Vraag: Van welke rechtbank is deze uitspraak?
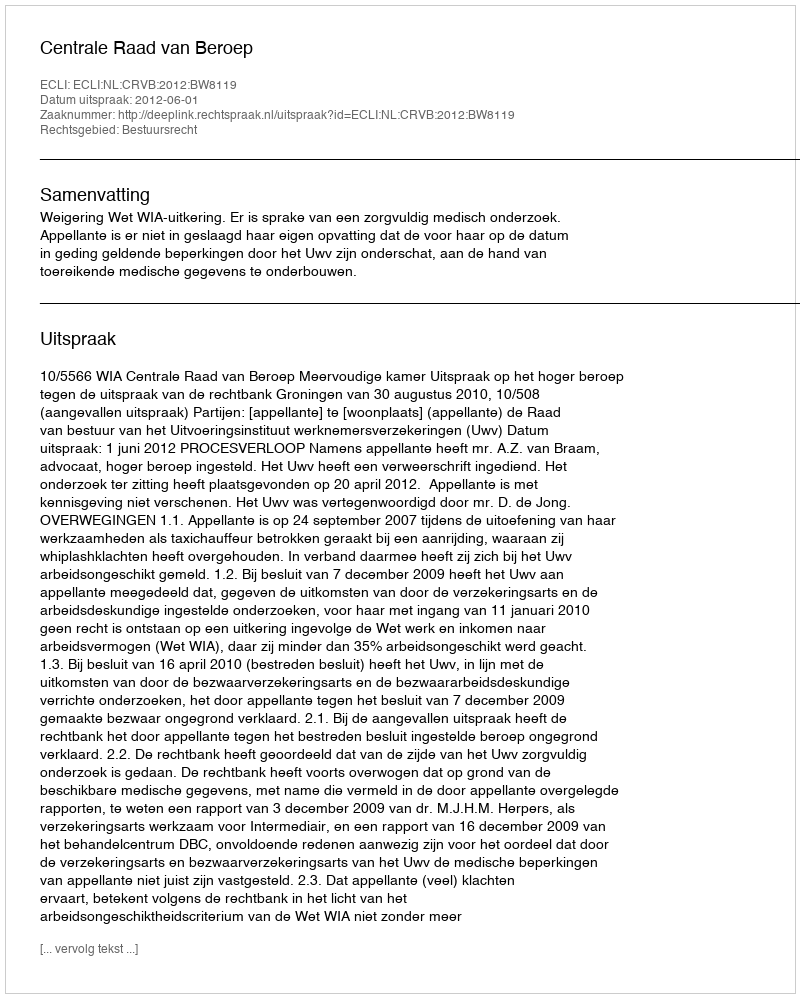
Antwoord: Centrale Raad van Beroep